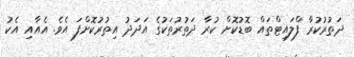
ދަތުރުކުރާ ފްލައިޓްތައް ބޮޑުކޮށް ކުރާ ދަތުރުތަކުގެ އަދަދު އިތުރުކޮށްފަ އެވެ. އެއާއި އެކު